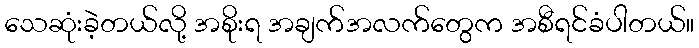
သေဆုံးခဲ့တယ်လို့ အစိုးရ အချက်အလက်တွေက အစီရင်ခံပါတယ်။